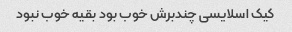
کیک اسلایسی چندبرش خوب بود بقیه خوب نبود